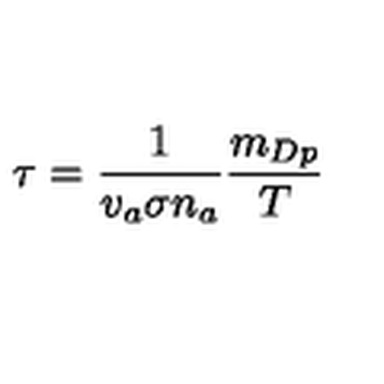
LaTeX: \tau = \frac { 1 } { v _ { a } \sigma n _ { a } } \frac { m _ { D p } } { T }